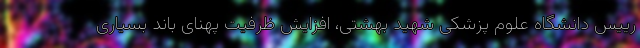
رییس دانشگاه علوم پزشکی شهید بهشتی، افزایش ظرفیت پهنای باند بسیاری